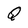
Character: Q